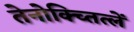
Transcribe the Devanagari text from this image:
तेनोक्च्तित्लें